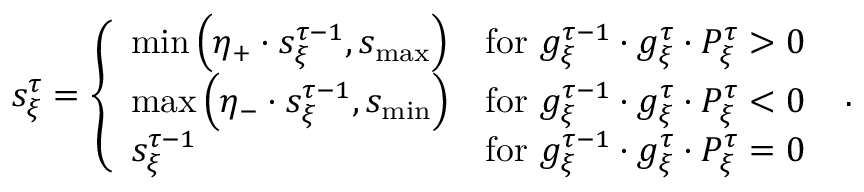
\begin{array} { r } { s _ { \xi } ^ { \tau } = \left\{ \begin{array} { l l } { \mathrm { m i n } \left( \eta _ { + } \cdot s _ { \xi } ^ { \tau - 1 } , s _ { \mathrm { m a x } } \right) } & { \mathrm { f o r } \ g _ { \xi } ^ { \tau - 1 } \cdot g _ { \xi } ^ { \tau } \cdot P _ { \xi } ^ { \tau } > 0 } \\ { \mathrm { m a x } \left( \eta _ { - } \cdot s _ { \xi } ^ { \tau - 1 } , s _ { \mathrm { m i n } } \right) } & { \mathrm { f o r } \ g _ { \xi } ^ { \tau - 1 } \cdot g _ { \xi } ^ { \tau } \cdot P _ { \xi } ^ { \tau } < 0 } \\ { s _ { \xi } ^ { \tau - 1 } } & { \mathrm { f o r } \ g _ { \xi } ^ { \tau - 1 } \cdot g _ { \xi } ^ { \tau } \cdot P _ { \xi } ^ { \tau } = 0 } \end{array} \right. \ . } \end{array}